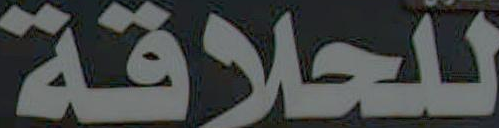
للحلاقة